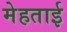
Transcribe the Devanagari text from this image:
मेहताई